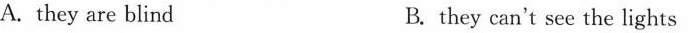
A.they are blind B.they can't see the lights